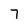
Character: 7